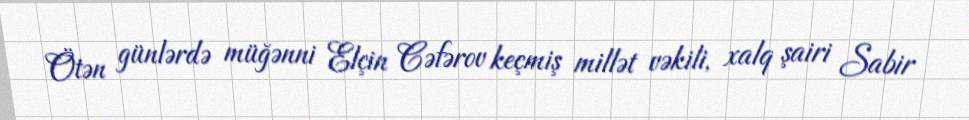
Ötən günlərdə müğənni Elçin Cəfərov keçmiş millət vəkili, xalq şairi Sabir